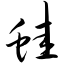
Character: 蛙